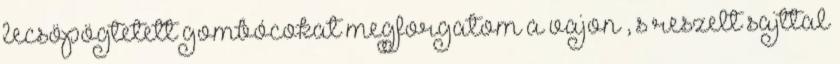
lecsöpögtetett gombócokat megforgatom a vajon , s reszelt sajttal